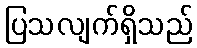
ပြသလျက်ရှိသည်